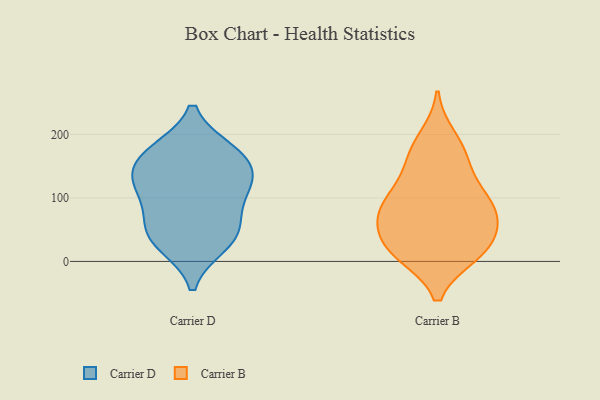
{"axis": {"x": "Backlog", "y": "Value"}, "legend": ["Carrier B", "Carrier D"], "data": [{"x": "", "y": 27, "type": "Carrier D"}, {"x": "", "y": 167, "type": "Carrier D"}, {"x": "", "y": 122, "type": "Carrier D"}, {"x": "", "y": 58, "type": "Carrier D"}, {"x": "", "y": 33, "type": "Carrier D"}, {"x": "", "y": 103, "type": "Carrier D"}, {"x": "", "y": 54, "type": "Carrier D"}, {"x": "", "y": 135, "type": "Carrier D"}, {"x": "", "y": 169, "type": "Carrier D"}, {"x": "", "y": 121, "type": "Carrier D"}, {"x": "", "y": 173, "type": "Carrier D"}, {"x": "", "y": 19, "type": "Carrier B"}, {"x": "", "y": 168, "type": "Carrier B"}, {"x": "", "y": 63, "type": "Carrier B"}, {"x": "", "y": 36, "type": "Carrier B"}, {"x": "", "y": 70, "type": "Carrier B"}, {"x": "", "y": 167, "type": "Carrier B"}, {"x": "", "y": 13, "type": "Carrier B"}, {"x": "", "y": 136, "type": "Carrier B"}, {"x": "", "y": 12, "type": "Carrier B"}, {"x": "", "y": 94, "type": "Carrier B"}, {"x": "", "y": 56, "type": "Carrier B"}, {"x": "", "y": 99, "type": "Carrier B"}, {"x": "", "y": 195, "type": "Carrier B"}, {"x": "", "y": 101, "type": "Carrier B"}, {"x": "", "y": 11, "type": "Carrier B"}, {"x": "", "y": 80, "type": "Carrier B"}]}